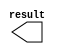
module Y1_const (
	result);

	output	[9:0]  result;

endmodule